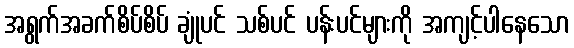
အရွက်အခက်စိပ်စိပ် ချုံပင် သစ်ပင် ပန်းပင်များကို အကျင့်ပါနေသော